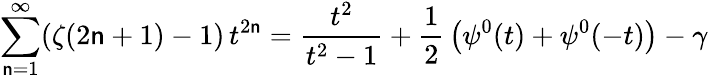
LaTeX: \sum_{\mathsf{n}=1}^{\infty}(\zeta(2\mathsf{n}+1)-1)\, t^{2\mathsf{n}}={\frac{{t^{2}}}{{t^{2}-1}}}+{\frac{{1}}{{2}}}\left(\psi^{0}(t)+\psi^{0}(-t)\right)-\gamma